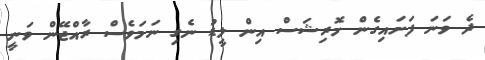
ދެ ވަނަ ފަށައިގެން މޮރިޝަސް އިން ލީޑު ނެގި ނަމަވެސް ރާއްޖޭން ވަނީ